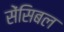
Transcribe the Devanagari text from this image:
सेंसिबल